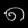
Digit: ၈